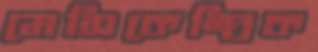
মেসিকেন্দ্রিক